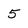
Character: 5